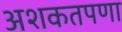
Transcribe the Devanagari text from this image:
अशकतपणा